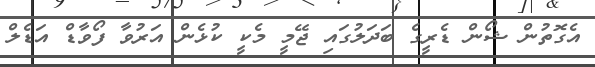
އެގޮތުން ޝޯން ޑެރީގެ ބަދަލުގައި ޖޭމީ މެކީ ކުޅެން އަރުވާ ފޯވާޑް އަޑެލް